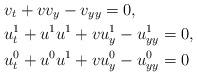
LaTeX: \begin{align*}&v_t+vv_y-v_{yy}=0,\\&u^1_t+u^1u^1+vu^1_y-u^1_{yy}=0,\\&u^0_t+u^0u^1+vu^0_y-u^0_{yy}=0\end{align*}